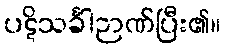
ပဋိသင်္ခါဉာဏ်ပြီး၏။